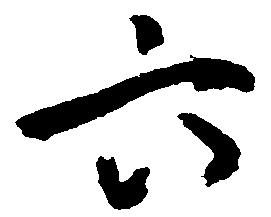
六